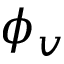
\phi _ { v }